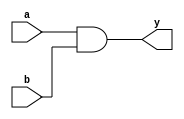
//AND Module
module andgate(a,b,y);
input a,b;
output y;
assign y = a&b;
endmodule